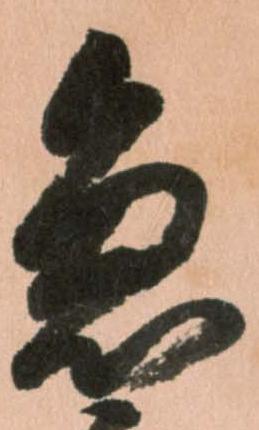
急